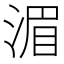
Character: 湄